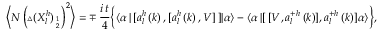
\begin{array} { l } { { \Bigl \langle N \left( { \scriptstyle \triangle } ( X _ { l } ^ { h } ) _ { 1 \atop 2 } \right) ^ { 2 } \Bigr \rangle = \mp \, \displaystyle \frac { i \, t } { 4 } \biggl \{ \langle \alpha \, | \, [ a _ { l } ^ { h } \left( k \right) , [ a _ { l } ^ { h } \left( k \right) , V ] \, ] | \alpha \rangle - \langle \alpha \, | [ \, [ V , a _ { l } ^ { + h } \left( k \right) ] , a _ { l } ^ { + h } \left( k \right) ] \alpha \rangle \biggr \} , } } \end{array}